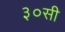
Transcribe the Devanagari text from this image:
३०सी